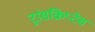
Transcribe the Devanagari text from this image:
ट्रांसक्रिप्टेस